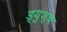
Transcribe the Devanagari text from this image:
ड्युश्च